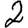
Digit: 2